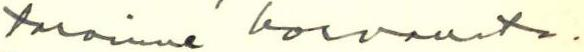
tarvinne korvausta.